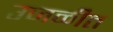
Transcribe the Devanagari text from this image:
उजळीत